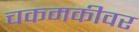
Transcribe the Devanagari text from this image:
चकमकीवर